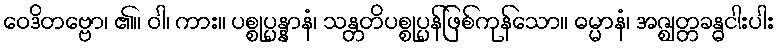
ဝေဒိတဗ္ဗော၊ ၏။ ဝါ၊ ကား။ ပစ္စုပ္ပန္နာနံ၊ သန္တတိပစ္စုပ္ပန်ဖြစ်ကုန်သော။ ဓမ္မာနံ၊ အဇ္ဈတ္တခန္ဓငါးပါး